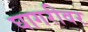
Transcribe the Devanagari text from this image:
घागरीवर